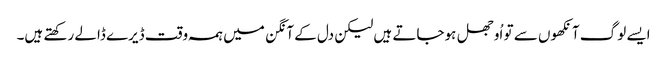
ایسے لوگ آنکھوں سے تو اُوجھل ہوجاتے ہیں لیکن دل کے آنگن میں ہمہ وقت ڈیرے ڈالے رکھتے ہیں۔